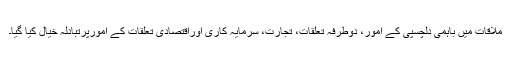
ملاقات میں باہمی دلچسپی کے امور، دوطرفہ تعلقات، تجارت، سرمایہ کاری اوراقتصادی تعلقات کے امورپرتبادلہ خیال کیا گیا۔